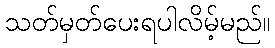
သတ်မှတ်ပေးရပါလိမ့်မည်။